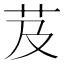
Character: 芨